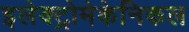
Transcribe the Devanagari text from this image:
इलेक्ट्रोमेकेनिकल